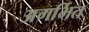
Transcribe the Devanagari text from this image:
अगर्भित